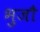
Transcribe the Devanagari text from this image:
भुजौ